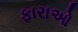
ફારાઓ